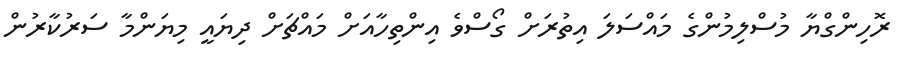
ރޮހިންގްޔާ މުސްލިމުންގެ މައްސަލަ އިތުރަށް ގޯސްވެ އިންތިހާއަށް މައްޗަށް ދިޔައީ މިޔަންމާ ސަރުކާރުން